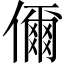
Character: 儞